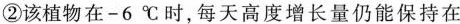
②该植物在-6℃时，每天高度增长量仍能保持在